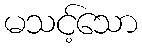
မသင့်သော